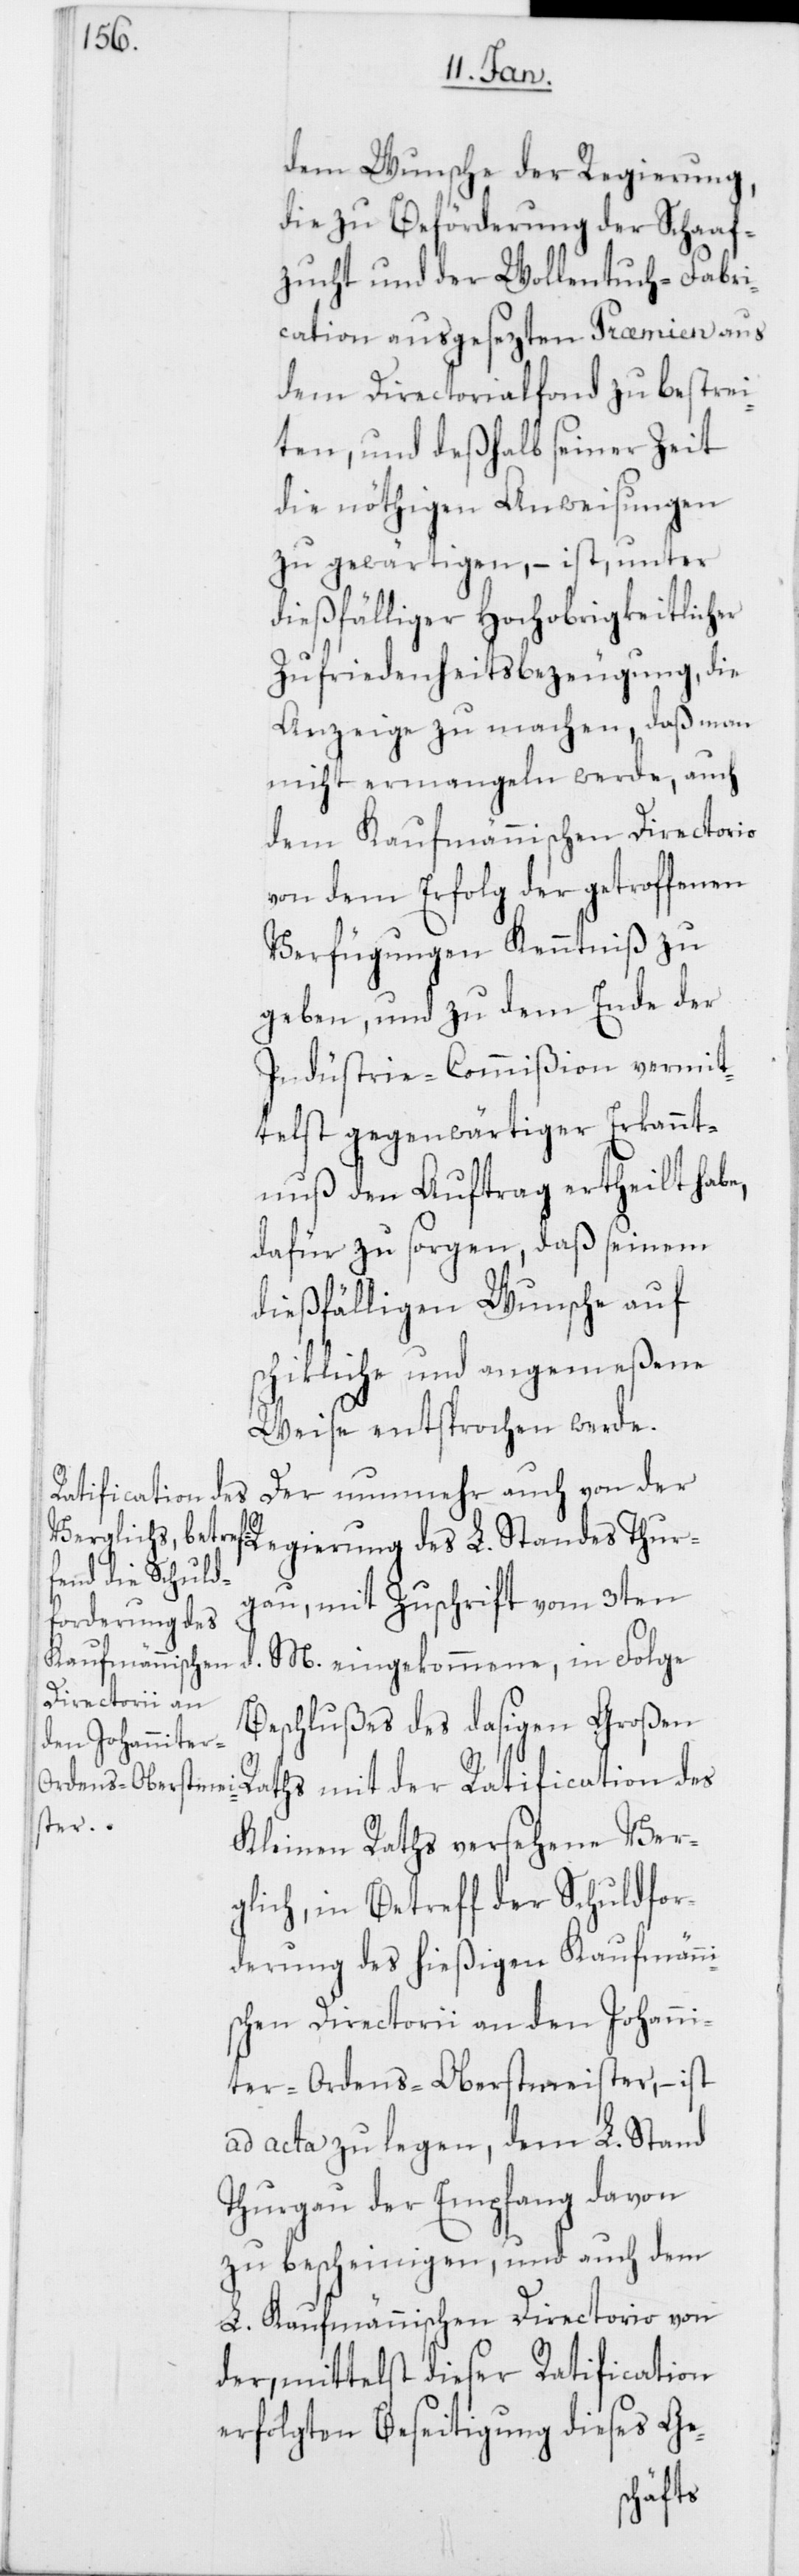
dem Wunsche der Regierung,
die zu Beförderung der Schaaf¬
zucht und der Wollentuch-Fabri¬
cation ausgesezten Praemien aus
dem Directorialfond zu bestrei¬
ten, und deßhalb seiner Zeit
die nöthigen Anweisungen
zu gewärtigen, – ist, unter
dießfälliger Hochobrigkeitlicher
Zufriedenheitsbezeugung, die
Anzeige zu machen, daß man
nicht ermangeln werde, auch
dem Kaufmännischen Directorio
von dem Erfolg der getroffenen
Verfügungen Kenntniß zu
geben, und zu dem Ende der
Indüstrie-Commißion vermit¬
telst gegenwärtiger Erkannt¬
nuß den Auftrag ertheilt habe,
dafür zu sorgen, daß seinem
dießfälligen Wunsche auf
schikliche und angemeßene
Weise entsprochen werde.
Der nunmehr auch von der
Ratification des
Regierung des L. Standes Thur¬
gau, mit Zuschrift vom 3ten
d. M. eingekommene, in Folge
Beschlußes des dasigen Großen
Kleinen Raths versehene Ver¬
glich, in Betreff der Schuldfor¬
derung des hießigen Kaufmänni¬
schen Directorii an den Johanni¬
ter-Ordens-Oberstmeister, – ist
ad acta zu legen, dem L. Stand
Thurgau der Empfang davon
zu bescheinigen, und auch dem
L. Kaufmännischen Directorio von
der, mittelst dieser Ratification
erfolgten Beseitigung dieses Ge-